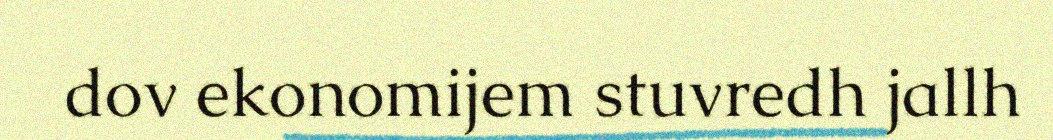
dov ekonomijem stuvredh jallh